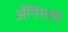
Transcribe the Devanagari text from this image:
ॲनिंगला